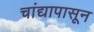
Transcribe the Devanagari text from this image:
चांद्यापासून